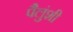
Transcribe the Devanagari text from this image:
पैलुंशी